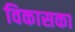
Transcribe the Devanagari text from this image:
विकासका